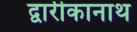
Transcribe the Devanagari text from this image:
द्वारीकानाथ